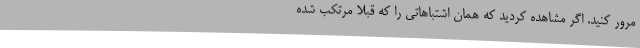
مرور کنید. اگر مشاهده کردید که همان اشتباهاتی را که قبلاً مرتکب شده